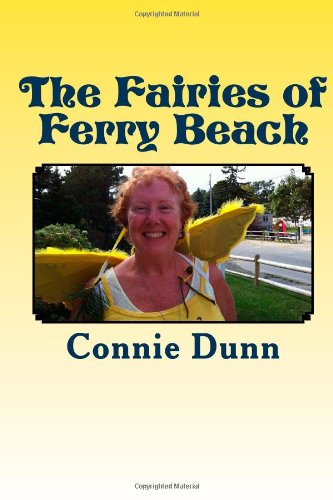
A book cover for The Fairies of Ferry Beach: and Other Stories; Connie Dunn; Religion & Spirituality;